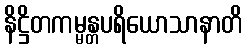
နိဋ္ဌိတကမ္မန္တပရိယောသာနာတိ